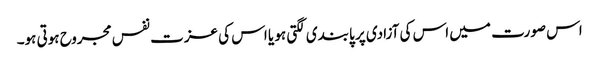
اس صورت میں اس کی آزادی پر پابندی لگتی ہو یا اس کی عزت نفس مجروح ہوتی ہو۔